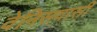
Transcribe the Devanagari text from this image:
वेनिसवासी